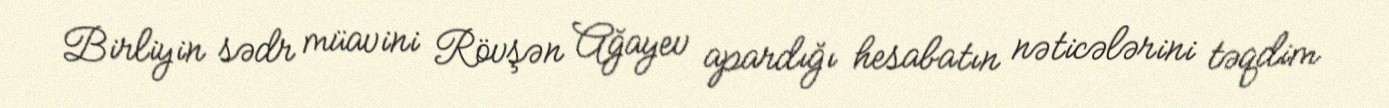
Birliyin sədr müavini Rövşən Ağayev apardığı hesabatın nəticələrini təqdim